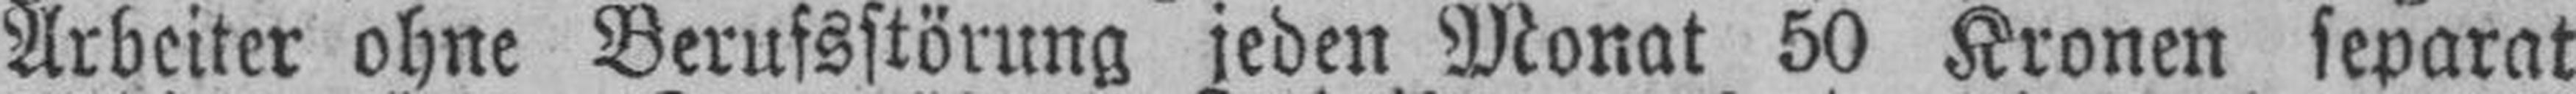
Arbeiter ohne Berufsstörung jeden Monat 50 Kronen separat